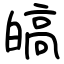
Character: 皜